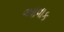
આવાક